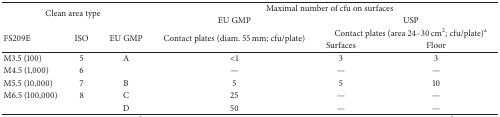
<table><thead><tr><td rowspan="2" colspan="3"><b>Clean area type</b></td><td colspan="3"><b>Maximal number of cfu on surfaces</b></td></tr><tr><td><b>EU GMP</b></td><td colspan="2"><b>USP</b></td></tr><tr><td rowspan="2"><b>FS209E</b></td><td rowspan="2"><b>ISO</b></td><td rowspan="2"><b>EU GMP</b></td><td rowspan="2"><b>Contact plates (diam. 55 mm; cfu/plate)</b></td><td colspan="2"><b>Contact plates (area 24–30 cm<sup>2</sup>; cfu/plate)<sup>a</sup></b></td></tr><tr><td><b>Surfaces</b></td><td><b>Floor</b></td></tr></thead><tbody><tr><td>M3.5 (100)</td><td>5</td><td>A</td><td>&lt;1</td><td>3</td><td>3</td></tr><tr><td>M4.5 (1,000)</td><td>6</td><td> </td><td>—</td><td>—</td><td>—</td></tr><tr><td>M5.5 (10,000)</td><td>7</td><td>B</td><td>5</td><td>5</td><td>10</td></tr><tr><td>M6.5 (100,000)</td><td>8</td><td>C</td><td>25</td><td>—</td><td>—</td></tr><tr><td> </td><td> </td><td>D</td><td>50</td><td>—</td><td>—</td></tr></tbody></table>